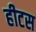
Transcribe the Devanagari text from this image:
हीटस